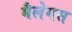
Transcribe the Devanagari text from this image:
मैलेमस